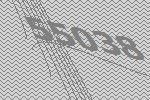
55038